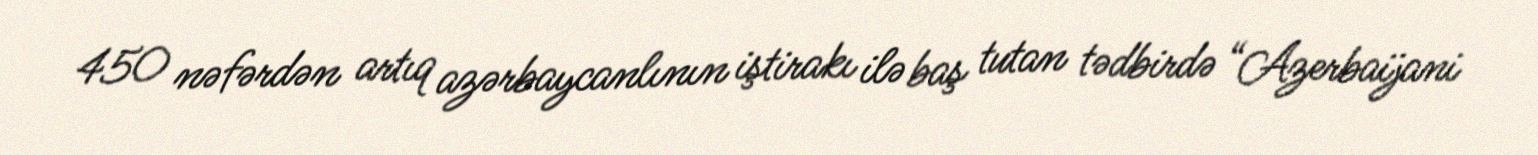
450 nəfərdən artıq azərbaycanlının iştirakı ilə baş tutan tədbirdə “Azerbaijani